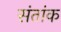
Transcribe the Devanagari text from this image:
संतांक